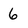
Character: 6